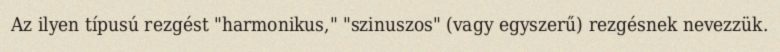
Az ilyen típusú rezgést "harmonikus," "szinuszos" (vagy egyszerű) rezgésnek nevezzük.